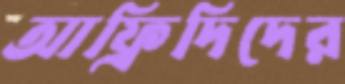
আফ্রিদিদের